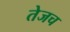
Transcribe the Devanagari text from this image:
तेजच